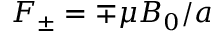
F _ { \pm } = \mp \mu B _ { 0 } / a